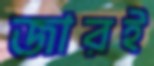
জারই